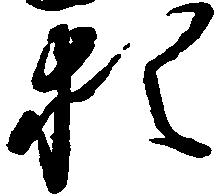
猶